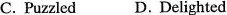
C. Puzzled D.Delighted